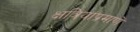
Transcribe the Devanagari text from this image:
क्षत्रियांप्रमाणें